Vaccination in Bombay 1913-1923 - 1913-1923
Year: 1913
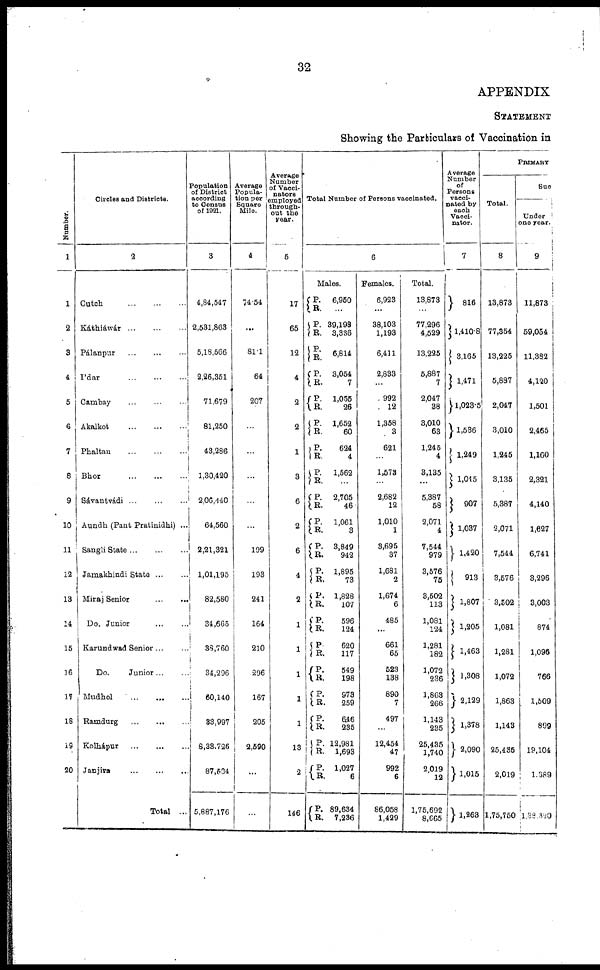
32
APPENDIX
STATEMENT
Showing the Particulars of Vaccination in
Number.
1
1
2
3
4
5
6
7
6
9
10
11
12
13
14
15
16
17
18
19
20
Circles and Districts.
2
Cutch
...
...
...
Káthiáwár
...
...
...
Pálanpur
...
...
...
I'dar
...
...
...
Cambay
...
...
...
Akalkot
...
...
...
Phaltan
...
...
...
Bhor
...
...
...
Sávantvádi
...
...
...
Aundh (Pant Pratinidhi) ...
Sangli State
...
...
...
Jamakhindi State ... ...
Miraj Senior
...
...
Do. Junior ... ...
Karundwad Senior ... ...
Do.
Junior ... ...
Mudhol
...
...
...
Ramdurg
...
...
...
Kolhápur
...
...
...
Janjira
...
...
...
Total ...
Population
of District
according
to Census
of 1921.
3
4,84,547
2,531,863
5,18,566
2,26,351
71,679
81,250
43,286
1,30,420
2,06,440
64,560
2,21,321
1,01,195
82,580
34,665
38,760
34,296
60,140
33,997
8,33,726
87,534
5,887,176
Average
Popula-
tion per
Square
Mile.
4
74.54
...
81.1
64
207
...
...
...
...
...
199
193
241
164
210
296
167
205
2,590
...
...
Average
Number
of Vacci¬
nators
employed
through-
out the
year.
5
17
65
12
4
2
2
1
3
6
2
6
4
2
1
1
1
1
1
13
2
146
Total Number of Persons vaccinated.
6
Males.
P.
R.
P.
R.
P.
R.
P.
R.
P.
R.
P.
R.
P.
R.
P.
R.
P.
R.
P.
R.
P.
R.
P.
R.
P.
R.
P.
R.
P.
R.
P.
R.
P.
R.
P.
R.
P.
R.
P.
R. P.
R.
6,950
...
39,193
3,336
6,814
3,054
7
1,055
26
1,652
60
624
4
1,562
...
2,705
46
1,061
3
3,849
942
1,895
73
1,828
107
596
124
620
117
549
198
973
259
646
235
12,981
1,693
1,027
6
89,634
7,236
Females.
6,923
...
38,103
1,193
6,411
2,833
...
992
12
1,358
3
621
...
1,573
...
2,682
12
1,010
1
3,695
37
1,681
2
1,674
6
485
...
661
65
523
138
890
7
497
...
12,454
47
992
6
86,058
1,429
Total.
13,873
...
77,296
4,529
13,225
5,887
7
2,047
38
3,010
63
1,245
4
3,135
...
5,387
58
2,071
4
7,544
979
3,576
75
3,502
113
1,081
124
1,281
182
1,072
236
1,863
266
1,143
235
25,435
1,740
2,019
12
1,75,692
8,665
Average
Number
of
Persons
vacci-
nated by
each
Vacci¬
nator.
7
816
1,410.8
3,165
1,471
1,023.5
1,536
1,249
1,045
907
1,037
1,420
913
1,807
1,205
1,463
1,308
2,129
1,378
2,090
1,015
1,263
PRIMARY
Total.
8
13,873
77,354
13,225
5,887
2,047
3,010
1,245
3,135
5,387
2,071
7,544
3,576
3,502
1,081
1,281
1,072
1,863
1,143
25,435
2,019
1,75,750
Suc
Under
one year.
9
11,873
59,054
11,382
4,120
1,501
2,465
1,160
2,321
4,140
1,627
6,741
3,296
3,003
874
1,096
766
1,509
899
19,104
1,389
1,38,320